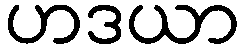
ဟဒယာ